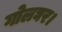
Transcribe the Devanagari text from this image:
गोलघर।